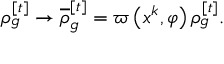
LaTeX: \rho _ { g } ^ { [ t ] } \rightarrow \overline { { { \rho } } } _ { g } ^ { [ t ] } = \varpi \left( x ^ { k } , \varphi \right) \rho _ { g } ^ { [ t ] } .